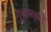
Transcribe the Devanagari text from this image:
गुच्छाकृति